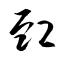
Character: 卹